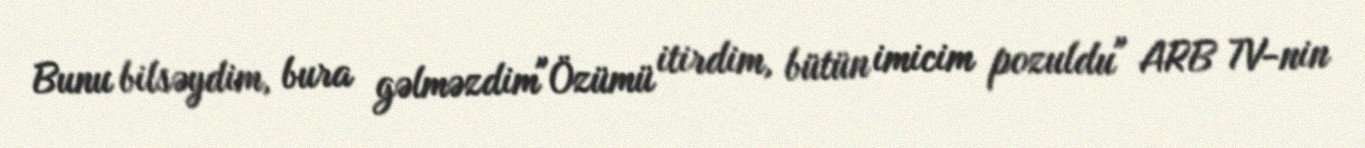
Bunu bilsəydim, bura gəlməzdim"Özümü itirdim, bütün imicim pozuldu" ARB TV-nin